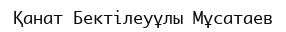
Қанат Бектілеуұлы Мұсатаев